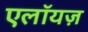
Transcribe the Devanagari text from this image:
एलॉयज़